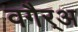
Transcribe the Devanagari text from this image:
वगैर्‍अ